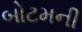
બોટમની